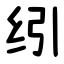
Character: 纼